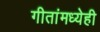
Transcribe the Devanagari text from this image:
गीतांमध्येही